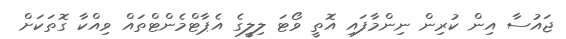
ޖައުސާ އިން ކުރިން ނިންމާފައި އޮތީ ވޯޓަ ލިލީގެ އެޕާޓްމެންޓްތައް ވިއްކާ ގޮތަކަށް